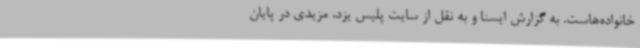
خانواده‌هاست. به گزارش ایسنا و به نقل از سایت پلیس یزد، مزیدی در پایان